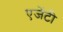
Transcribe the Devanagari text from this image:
एजेंटी